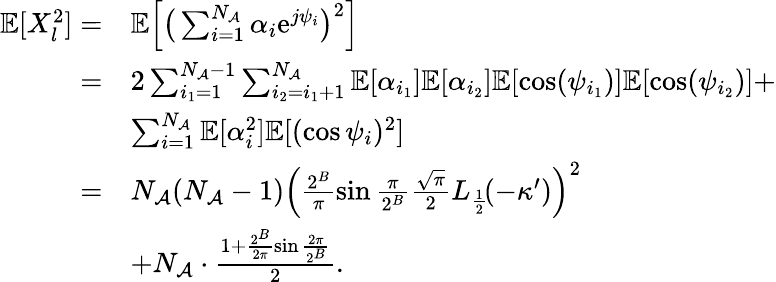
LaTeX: \begin{array}{rl}{\mathbb{E}[X_{l}^{2}]=}&{\mathbb{E}\Big[\big(\sum_{i=1}^{N_{\mathcal{A}}}\alpha_{i}\mathrm{e}^{j\psi_{i}}\big)^{2}\Big]}\\ {=}&{2\sum_{i_{1}=1}^{N_{\mathcal{A}}-1}\sum_{i_{2}=i_{1}+1}^{N_{\mathcal{A}}}\mathbb{E}[\alpha_{i_{1}}]\mathbb{E}[\alpha_{i_{2}}]\mathbb{E}[\cos(\psi_{i_{1}})]\mathbb{E}[\cos(\psi_{i_{2}})]+}\\ &{\sum_{i=1}^{N_{\mathcal{A}}}\mathbb{E}[\alpha_{i}^{2}]\mathbb{E}[(\cos\psi_{i})^{2}]}\\ {=}&{N_{\mathcal{A}}(N_{\mathcal{A}}-1)\Big(\frac{2^{B}}{\pi}\sin\frac{\pi}{2^{B}}\frac{\sqrt{\pi}}{2}L_{\frac{1}{2}}\! (-\kappa^{\prime})\Big)^{2}}\\ &{+N_{\mathcal{A}}\cdot\frac{1+\frac{2^{B}}{2\pi}\sin\frac{2\pi}{2^{B}}}{2}.}\end{array}